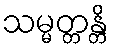
သမ္မတ္တန္တိ